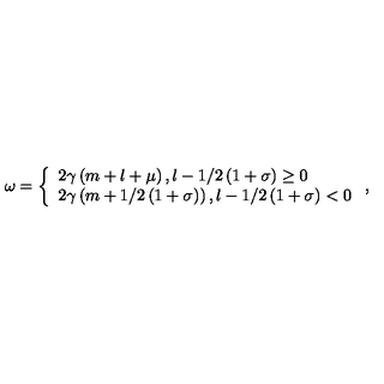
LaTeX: \omega = \left\{ \begin{array} { l } { 2 \gamma \left( m + l + \mu \right) , { } l - 1 / 2 \left( 1 + \sigma \right) \geq 0 } \\ { 2 \gamma \left( m + 1 / 2 \left( 1 + \sigma \right) \right) , { } l - 1 / 2 \left( 1 + \sigma \right) < 0 } \\ \end{array} \right. ,